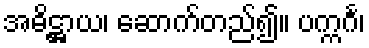
အဓိဋ္ဌာယ၊ ဆောက်တည်၍။ ပက္ကင်္ဂ၊